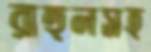
রাহুলসহ